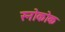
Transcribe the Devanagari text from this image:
स्नोकोक